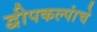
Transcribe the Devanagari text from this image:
द्वीपकल्पांचे